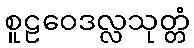
စူဠဝေဒလ္လသုတ္တံ